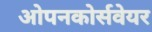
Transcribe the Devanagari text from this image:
ओपनकोर्सवेयर